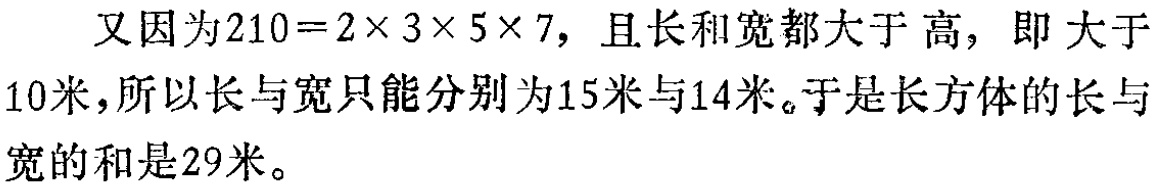
又因为\(210 = 2\times3\times5\times7\)，且长和宽都大于高，即大于\(10\)米，所以长与宽只能分别为\(15\)米与\(14\)米。于是长方体的长与宽的和是\(29\)米。